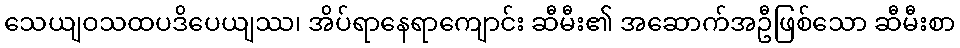
သေယျဝသထပဒိပေယျဿ၊ အိပ်ရာနေရာကျောင်း ဆီမီး၏ အဆောက်အဦဖြစ်သော ဆီမီးစာ